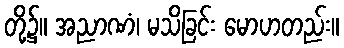
တို့၌။ အညာဏံ၊ မသိခြင်း မောဟတည်း။